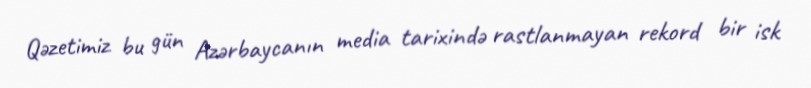
Qəzetimiz bu gün Azərbaycanın media tarixində rastlanmayan rekord bir isk